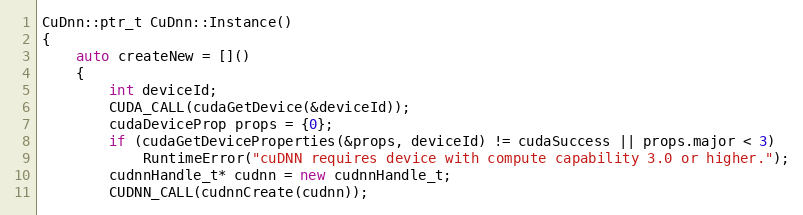
Language: C++
CuDnn::ptr_t CuDnn::Instance()
{
    auto createNew = []()
    {
        int deviceId;
        CUDA_CALL(cudaGetDevice(&deviceId));
        cudaDeviceProp props = {0};
        if (cudaGetDeviceProperties(&props, deviceId) != cudaSuccess || props.major < 3)
            RuntimeError("cuDNN requires device with compute capability 3.0 or higher.");
        cudnnHandle_t* cudnn = new cudnnHandle_t;
        CUDNN_CALL(cudnnCreate(cudnn));